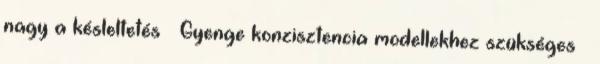
nagy a késleltetés ● Gyenge konzisztencia modellekhez szükséges ●